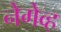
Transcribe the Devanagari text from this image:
नेगेव्ह